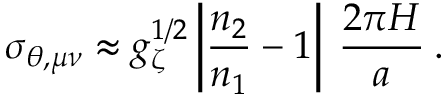
\sigma _ { \theta , \mu \nu } \approx g _ { \zeta } ^ { 1 / 2 } \left| \frac { n _ { 2 } } { n _ { 1 } } - 1 \right| \: \frac { 2 \pi H } { a } \: .